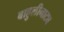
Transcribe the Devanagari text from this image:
बाहुलीनाट्य